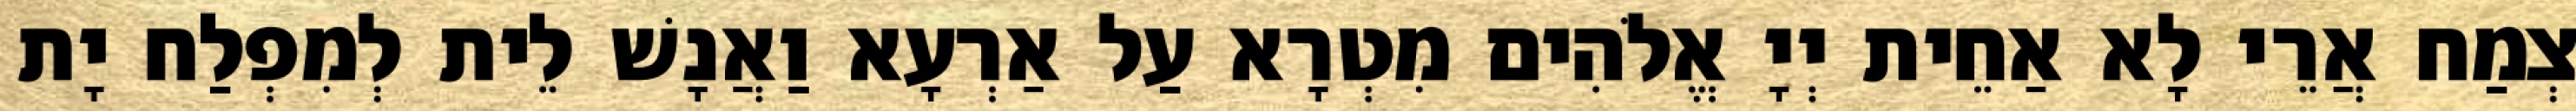
צְמַח אֲרֵי לָא אַחֵית יְיָ אֱלֹהִים מִטְרָא עַל אַרְעָא וַאֲנָשׁ לֵית לְמִפְלַח יָת